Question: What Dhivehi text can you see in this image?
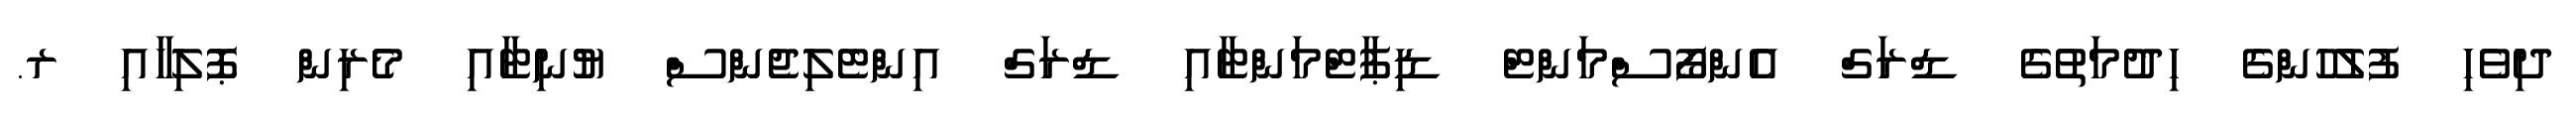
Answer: ދިވެހި ފުލުހުންގެ ހިދުމަތުގެ ޑްރަގް އެންފޯސްމަންޓް ޑިޕާޓްމަންޓާއި ޑްރަގް އިންޓެލިޖެންސް ޔުނިޓާއި މެރިން ޕޮލިހާއި ރ.